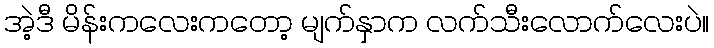
အဲ့ဒီ မိန်းကလေးကတော့ မျက်နှာက လက်သီးလောက်လေးပဲ။